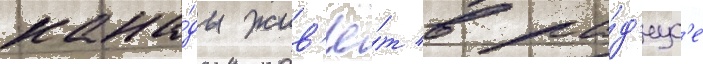
кана́ды жив'ё́т в ра́д'иус'е